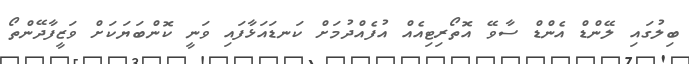
ބިލުގައި ލޭންޑް އެންޑް ސާވޭ އޮތޯރިޓިއެއް އުފެއްދުމަށް ކަނޑައަޅާފައި ވަނީ ކޮންބަޔަކަށް ވަޒީފާދޭންތޯ